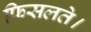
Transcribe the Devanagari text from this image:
फिसलते।